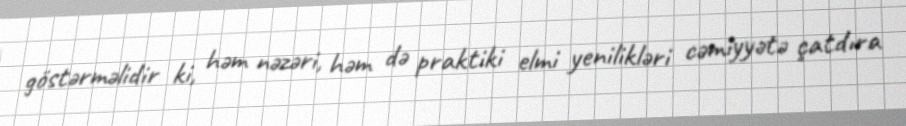
göstərməlidir ki, həm nəzəri, həm də praktiki elmi yenilikləri cəmiyyətə çatdıra